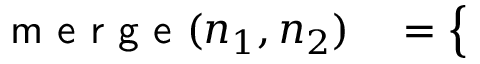
\begin{array} { r l } { \textsf { m e r g e } ( n _ { 1 } , n _ { 2 } ) } & { { } = \left\{ \begin{array} { l l } { \begin{array} { r l r l r l } \end{array} } \end{array} \right. } \end{array}